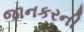
જાનકરની